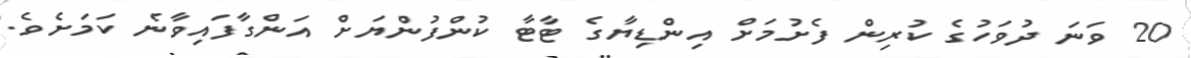
20 ވަނަ ދުވަހުގެ ކުރިން ފެށުމަށް އިންޑިޔާގެ ޓާޓާ ކުންފުންޔަށް އަންގާފައިވާނެ ކަމަށެވެ.